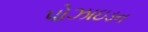
પોઝાઇડન